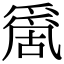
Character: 𠾄